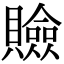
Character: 𧸘